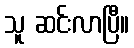
သူ ဆင်းလာပြီ။